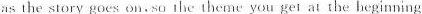
as the story goes on.Su ihe theme you get at the heginning